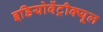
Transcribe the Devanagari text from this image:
इडियोवेंट्रीक्यूल